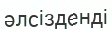
әлсізденді